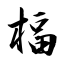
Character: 楅